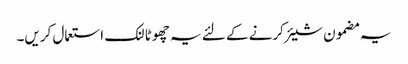
یہ مضمون شیئر کرنے کے لئے یہ چھوٹا لنک استعمال کریں۔